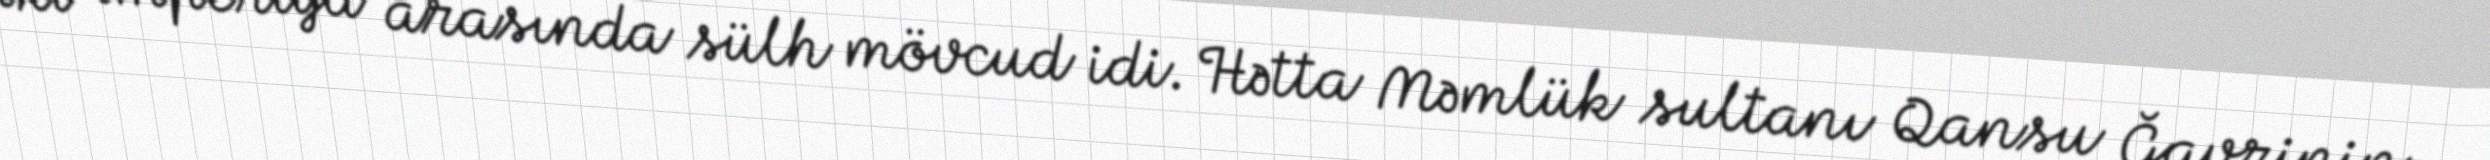
iki imperiya arasında sülh mövcud idi. Hətta Məmlük sultanı Qansu Ğavrinin